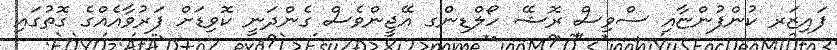
ފައިޒަރ ކުންފުންޏާއި ސްވިސް ރޮޝޭ ހޯލްޑިންގ އޭޖީންވެސް ގެންދަނީ ކޮވިޑަށް ފަރުވާއެއްގެ ގޮތުގައި